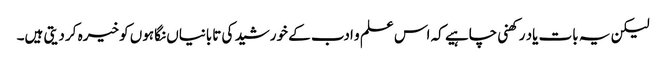
لیکن یہ بات یاد رکھنی چاہیے کہ اس علم و ادب کے خورشید کی تابانیاں نگاہوں کو خیرہ کر دیتی ہیں۔